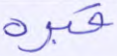
قبره